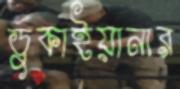
ডুকাইয়ানার